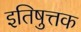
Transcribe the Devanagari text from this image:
इतिषुत्तक